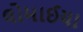
લોમાઈયા